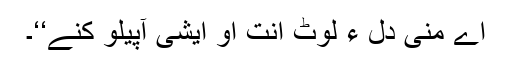
اے منی دل ءِ لوٹ اِنت او ایشی آپیلو کنے‘‘۔